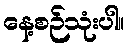
နေ့စဉ်သုံးပါ။